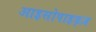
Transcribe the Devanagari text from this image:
आइसोपाइड्ज़